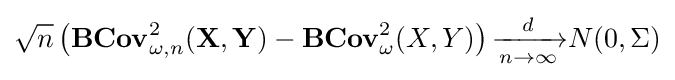
{\sqrt {n}}\left(\mathbf {BCov} _{\omega ,n}^{2}(\mathbf {X} ,\mathbf {Y} )-\mathbf {BCov} _{\omega }^{2}(X,Y)\right){\xrightarrow[{n\rightarrow \infty }]{d}}N(0,\Sigma )